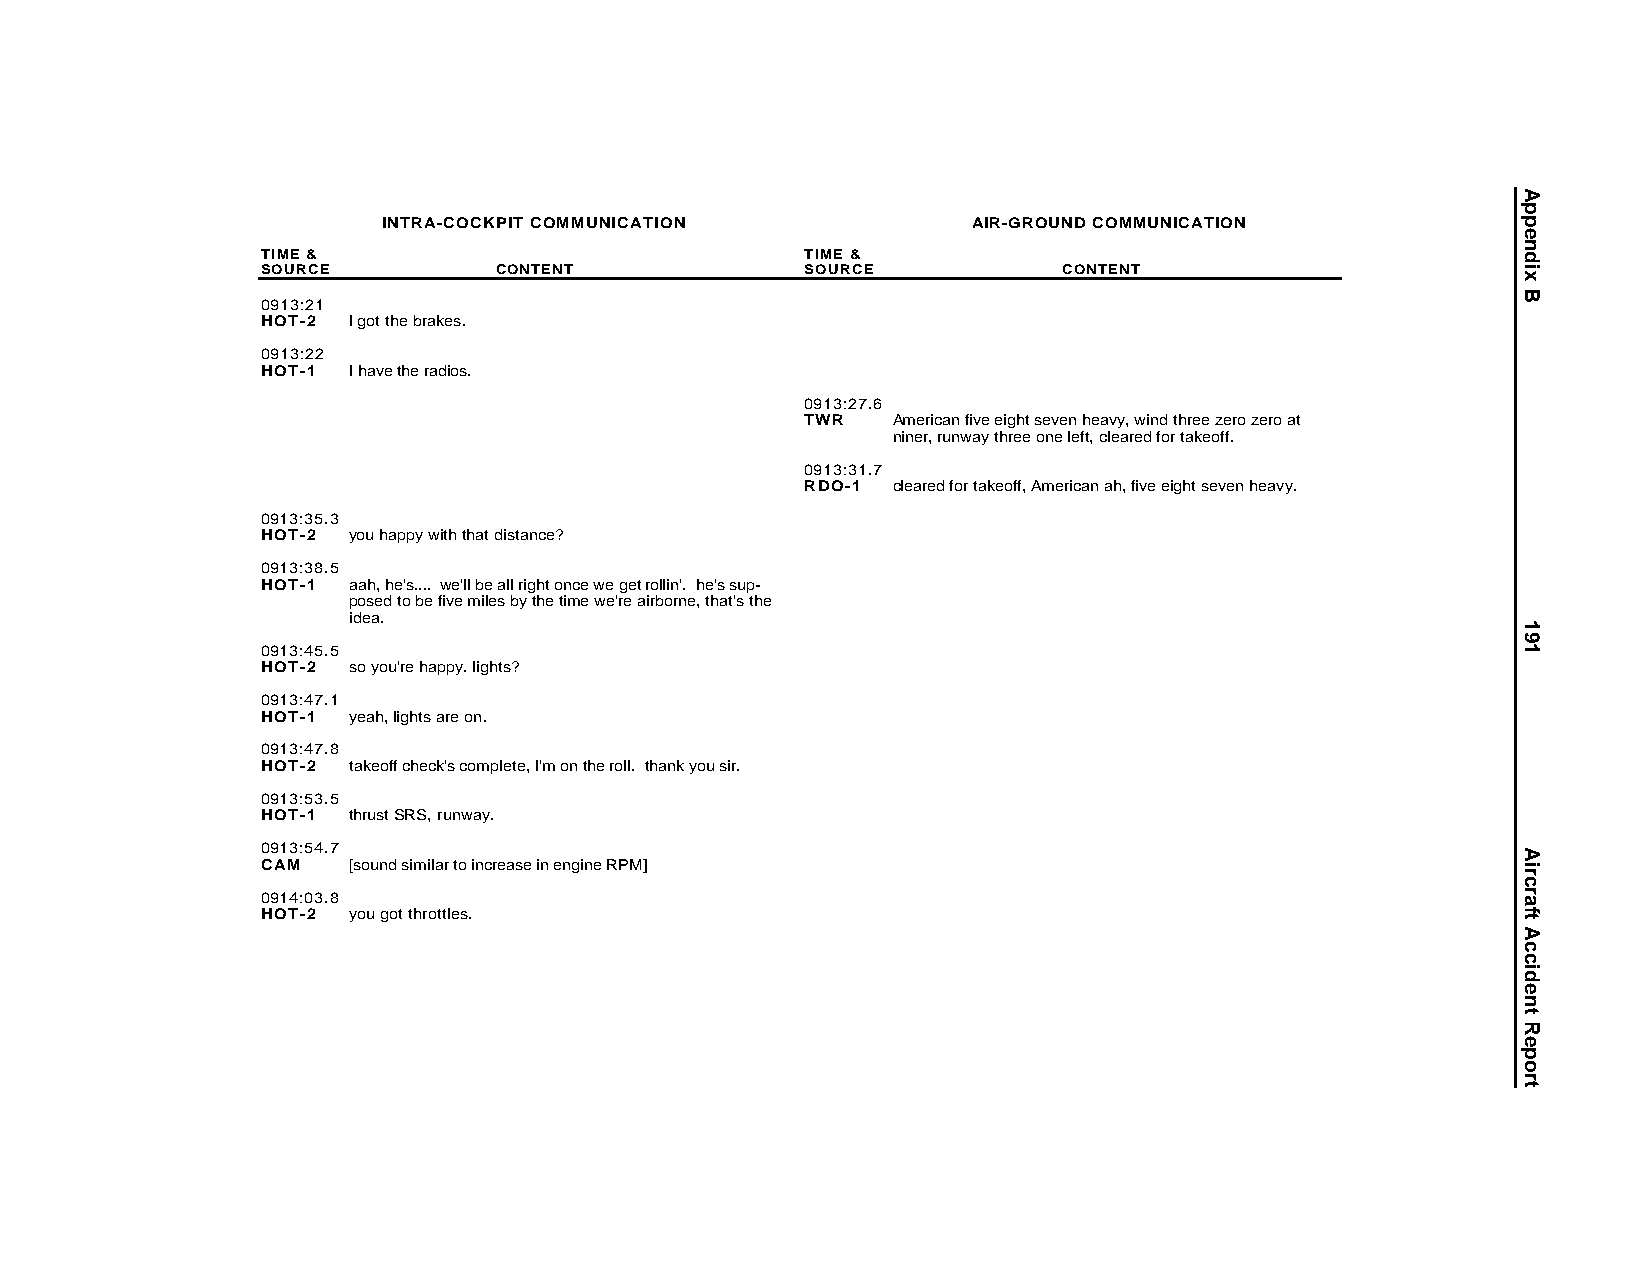
INTRA-COCKPIT COMMUNICATION            AIR-GROUND COMMUNICATION
 TIME &                              TIME &
 SOURCE          CONTENT             SOURCE           CONTENT
 0913:21
 HOT-2 I got the brakes.
 0913:22
 HOT-1 I have the radios.
 0913:27.6
 TWR   American five eight seven heavy, wind three zero zero at
 niner, runway three one left, cleared for takeoff.
 0913:31.7
 RDO-1 cleared for takeoff, American ah, five eight seven heavy.
 0913:35.3
 HOT-2 you happy with that distance?
 0913:38.5
 HOT-1 aah, he's.... we'll be all right once we get rollin'. he's sup-
 posed to be five miles by the time we're airborne, that's the
 idea.
 0913:45.5
 HOT-2 so you're happy. lights?
 0913:47.1
 HOT-1 yeah, lights are on.
 0913:47.8
 HOT-2 takeoff check's complete, I'm on the roll. thank you sir.
 0913:53.5
 HOT-1 thrust SRS, runway.
 0913:54.7
 CAM   [sound similar to increase in engine RPM]
 0914:03.8
 HOT-2 you got throttles.
 Appendix
 B
 191
 AircraftAccidentReport